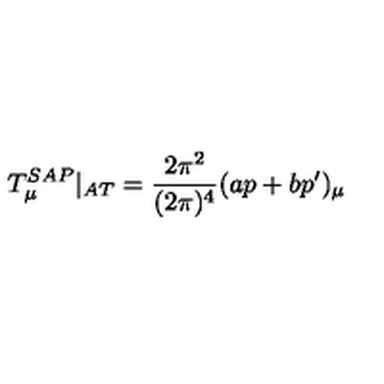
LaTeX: T _ { \mu } ^ { S A P } | _ { A T } = \frac { 2 \pi ^ { 2 } } { ( 2 \pi ) ^ { 4 } } ( a p + b p ^ { \prime } ) _ { \mu }